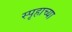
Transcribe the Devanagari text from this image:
स्पृहाच्या